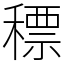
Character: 䅺